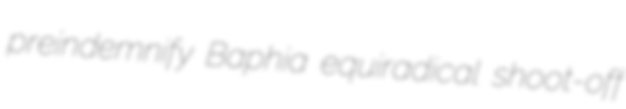
preindemnify Baphia equiradical shoot-off